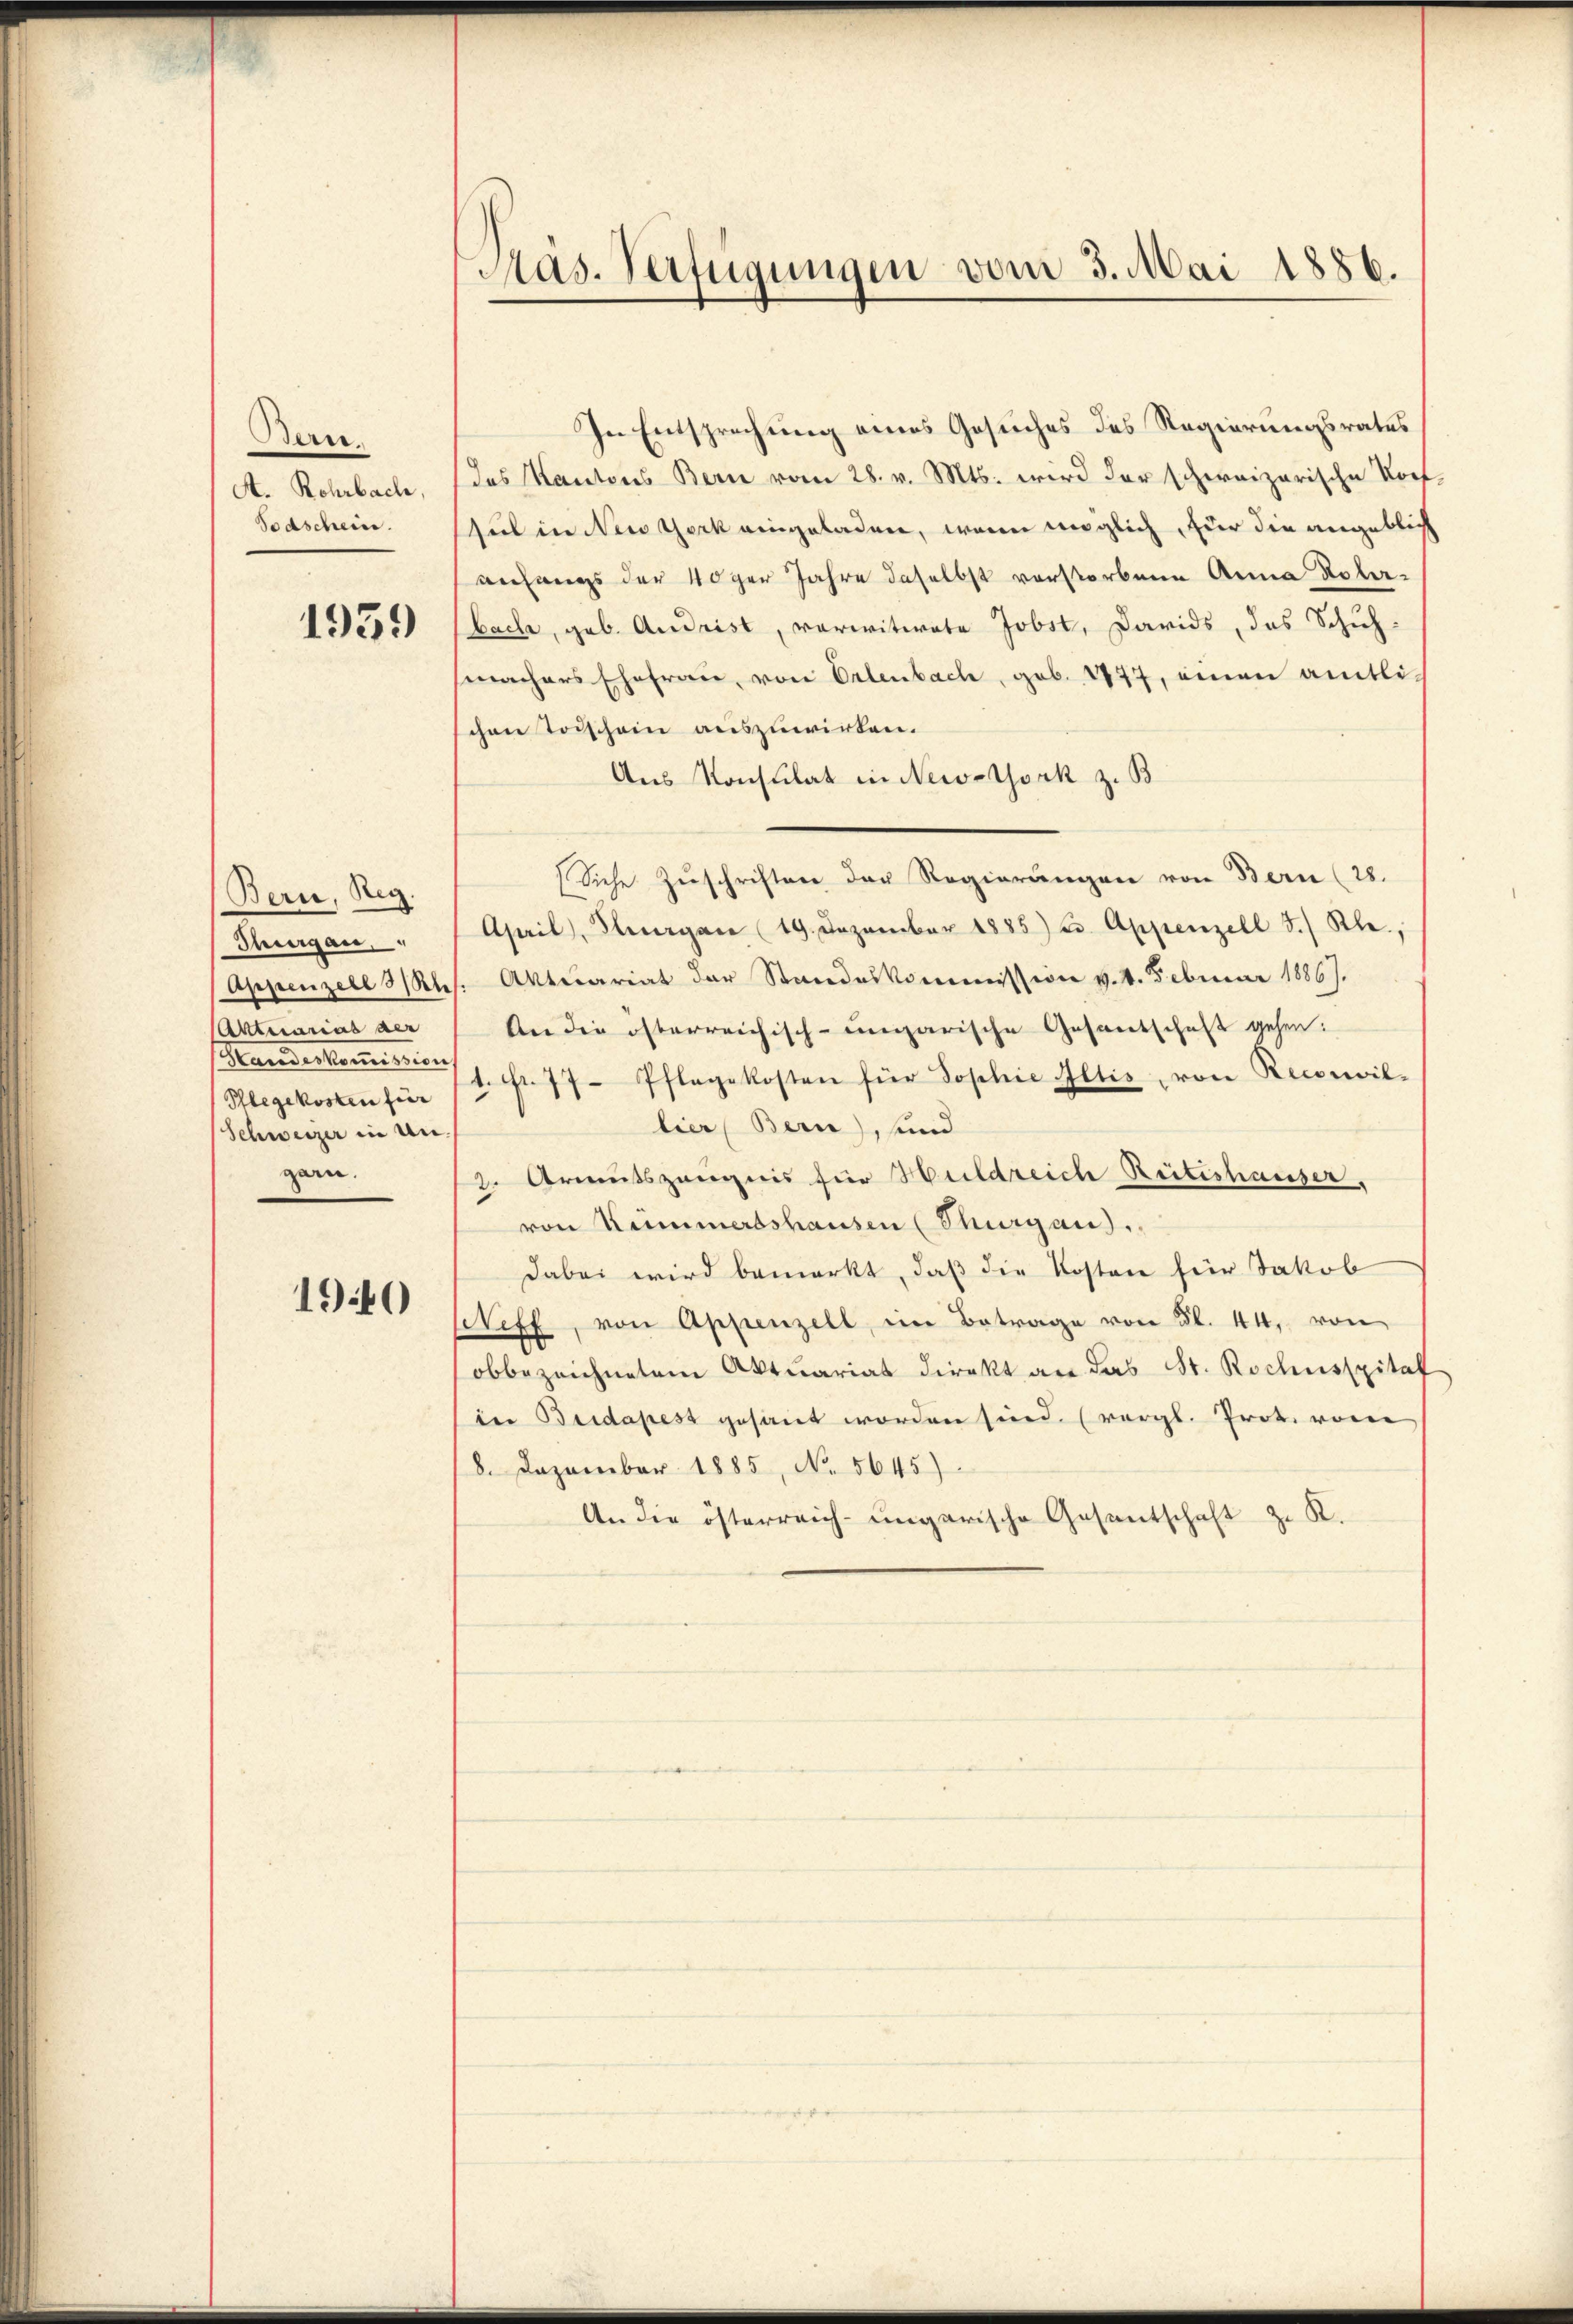
Bern.
A. Rohrbach,
Todschein.

1939

Bern, Reg.
Thurgau,
Aktuariat der
Handeskommission
Phlegekosten für
Schweizer in An-
garn.

1940

Mas. Verfügungen vom 3. Mai 1886.

In Entsprechung eines Gesuches des Regierungsrates
das Kantons Bern vom 28. v. Mts. wird der schweizerische Kortsul in New York eingeladen, waren möglich, für die angeblich
anfangs der 40ger Jahre daselbst vorstorbene Anna Roberbache, geb. Andrist, verwitwete Jobst, Davids, das Schuh-
machers Ehefrau, von Erlenbach, geb. 1847, einen amtlischen Todschein auszuwirken.
Aus Konsulat in New-York z. B
Siche Zuschriften der Regierungen von Bern (28.
April, Thurgau (19. Dezember 1885) 23. Appenzell 3.) Kle.,
Appenzell I/Rh. Aktuariat der Standeskommission v. 1.Februar 1886).
An die österreichisch-ungarische Gesandschaft gehen.
1. Fr. 77. Pflegekosten für Sophie Altis, von Reconvil-
lier Bern), und
z. Armutszeugnis für Huldreich Reiteshauser,
von Kümmertshausen (Thurgaus,
dabei wird bemerkt, daß die Kosten für Jakob
eff, von Appenzell, im Betrage von Fl. 44, von
obbezeichnetem Aktuariat direkt an das St. Rochusspital
in Bridapest gesant worden sind. (vergl. Prot. von
8. Dezember 1885, No. 5645)
An die österreich-ungarische Gesantschaft z. K.